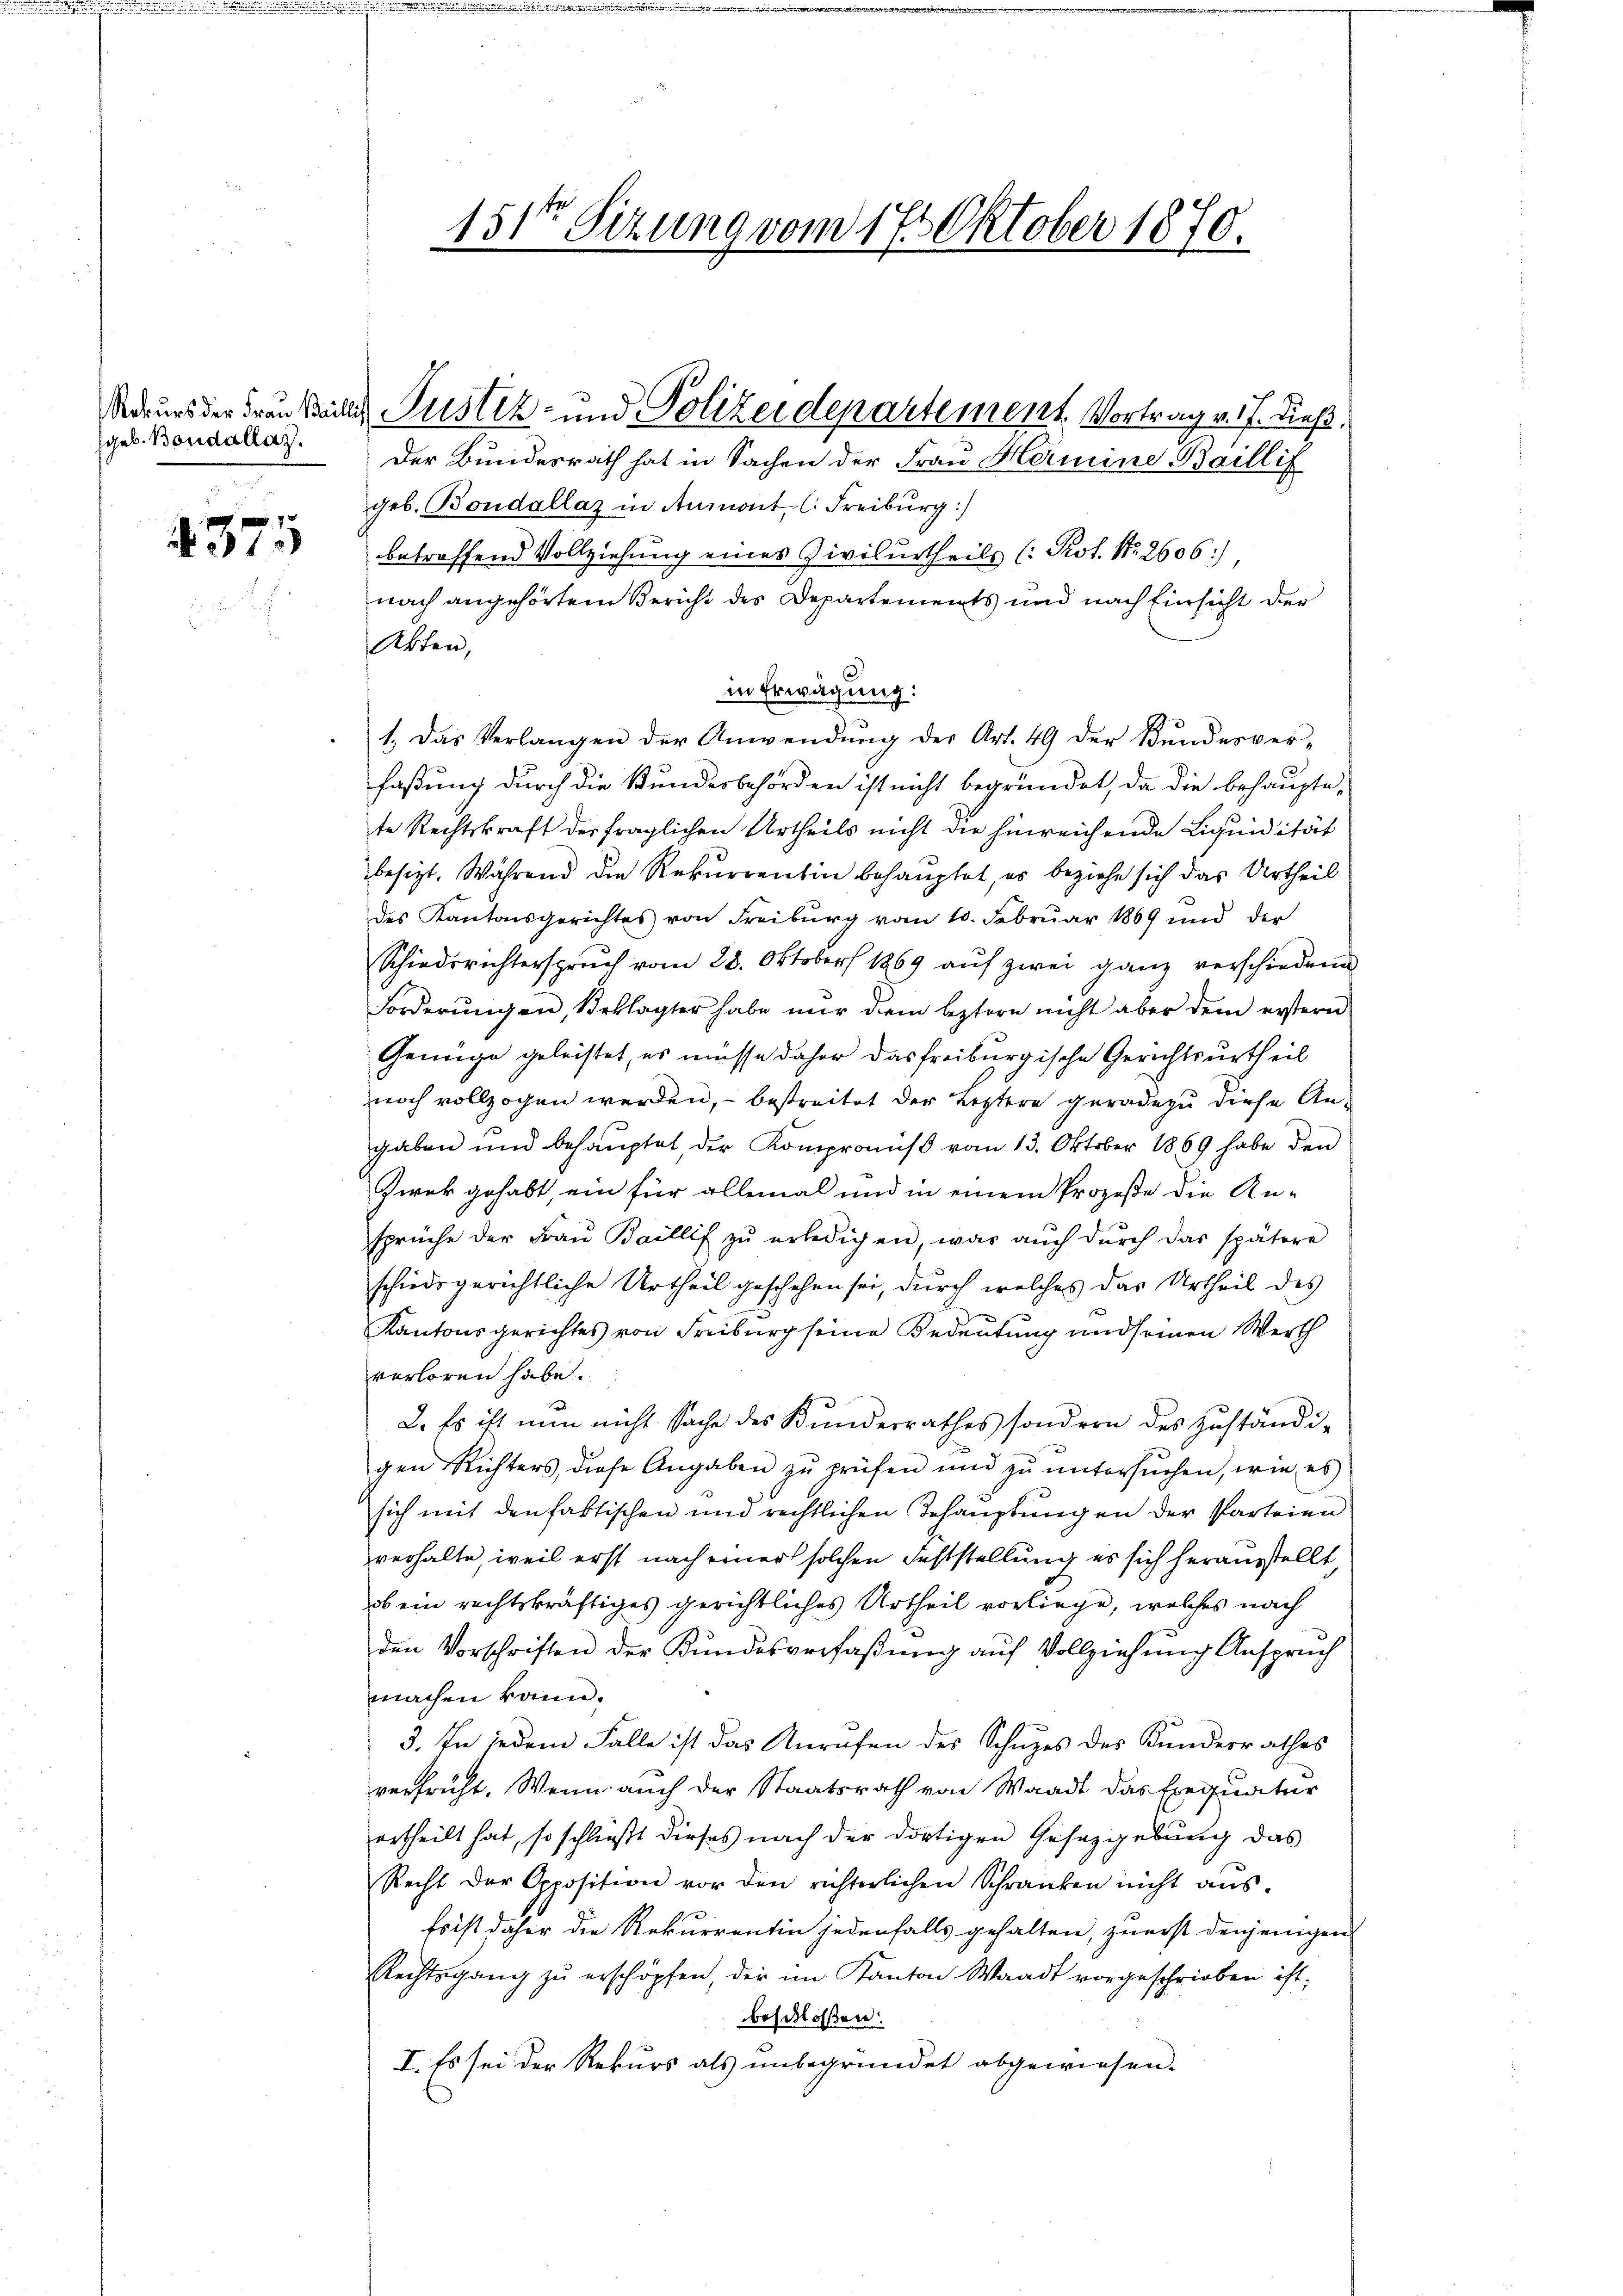
geb. Boudallaz.

4375

geb. Boudallaz in Anmont, C. Freiburg:)
betroffend Vollziehung eines Civilurtheils (: Prot. Nr. 2606),
nach angehörtem Bericht des Departements und nach Einsicht der
Akten,
in Erwägung:
1. Das Verlangen der Anwendŭng der Art. 49 der Bŭndesver-
faßung durch die Bundesbehörden ist nicht begründet, da die behaupte,
te Rechtskraft der fraglichen Urtheils nicht die hinreichende Liquidität
besitzt. Während die Rekurrentin behauptet, es beziehe sich das Urtheil
des Kantonsgerichtes von Freiburg vom 10. Februar 1869 und der
Schiedsrichterspruch vom 28. Oktober 1869 auf zwei ganz verschiedene
Forderŭngen, Beklagter habe nŭr dem leztern nicht aber dem erstern
Genüge geleistet, es müsse daher das freiburgische Gerichtsurtheil
noch vollzogen werden, – bestreitet der Leztere geradezu diese Angaben und behauptet, der Kompromiß vom 13. Oktober 1869 habe den
Zwek gehabt, ein für allemal und in einem Prozeße die An-
sprüche der Fraŭ Baillif zŭ erledigen, was aŭch dŭrch das spätere
schiedsgerichtliche Urtheil geschehen sei, durch welches das Urtheil des
Kantonsgerichtes von Freiburg seine Bedeutung und seinen Werth
verloren habe.
2. Es ist nun nicht Sache des Kundesrathes sondern des Zŭständi-
gen Richters, diese Angaben zŭ prüfen und zŭ ŭntersŭchen, wie es
sich mit den faktischen und rechtlichen Behauptungen der Parteien
verhalte, weil erst nach einer solchen Feststellung es sich herausstellt,
ob ein rechtskräftiges gerichtliches Urtheil vorliege, welches nach
den Vorschriften der Kundesverfaßung aŭf Vollziehung Anspruch
machen kann.
3. In jedem Falle ist das Anrufen des Schuzes des Kundesrathes
verfrüht. Wenn auch der Staatsrath von Waadt das Exequatur
ertheilt hat, so schließt dieses nach der dortigen Gesetzgebung das
Recht der Opposition vor den richterlichen Schranken nicht aŭs-
Es ist daher die Rekurrentin jedenfalls gehalten, zuerst denjenigen
Rechtsgang zŭ erschöpfen, der im Kanton Waadt vorgeschrieben ist:
beschloßen:
I. Es sei der Rekurs als unbegründet abgewiesen.

151ten Sizung vom 17. Oktober 1870.

Sdeurs der Frau teilig Pustiz- und Polizeidepartement Vortrag v. J. dieß,
Der Bundesrath hat in Sachen der Frau Hermine Baillif